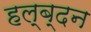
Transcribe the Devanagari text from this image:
हल्ब्दन